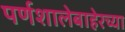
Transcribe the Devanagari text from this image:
पर्णशालेबाहेरच्या